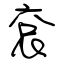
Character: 袞